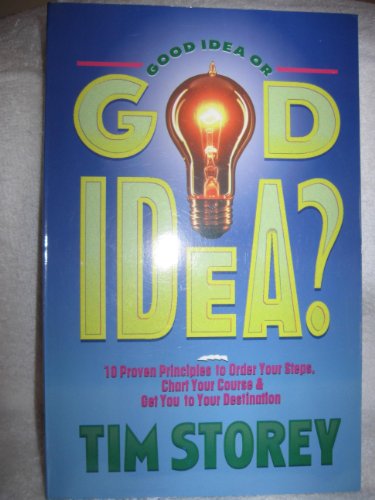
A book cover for GOOD IDEA OR GOD IDEA; Tim Storey; Christian Books & Bibles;